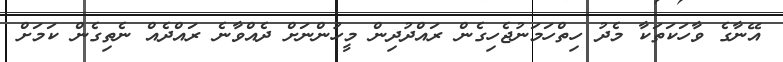
އޭނާގެ ވާހަކަތަކާ މެދު ހިތްހަމަނުޖެހިގެން ރައްދުދިން މީހުންނަށް ދެއްވާނެ ރައްދެއް ނެތިގެން ކަމަށް